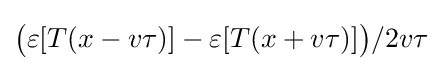
{\big (}\varepsilon [T(x-v\tau )]-\varepsilon [T(x+v\tau )]{\big )}/2v\tau